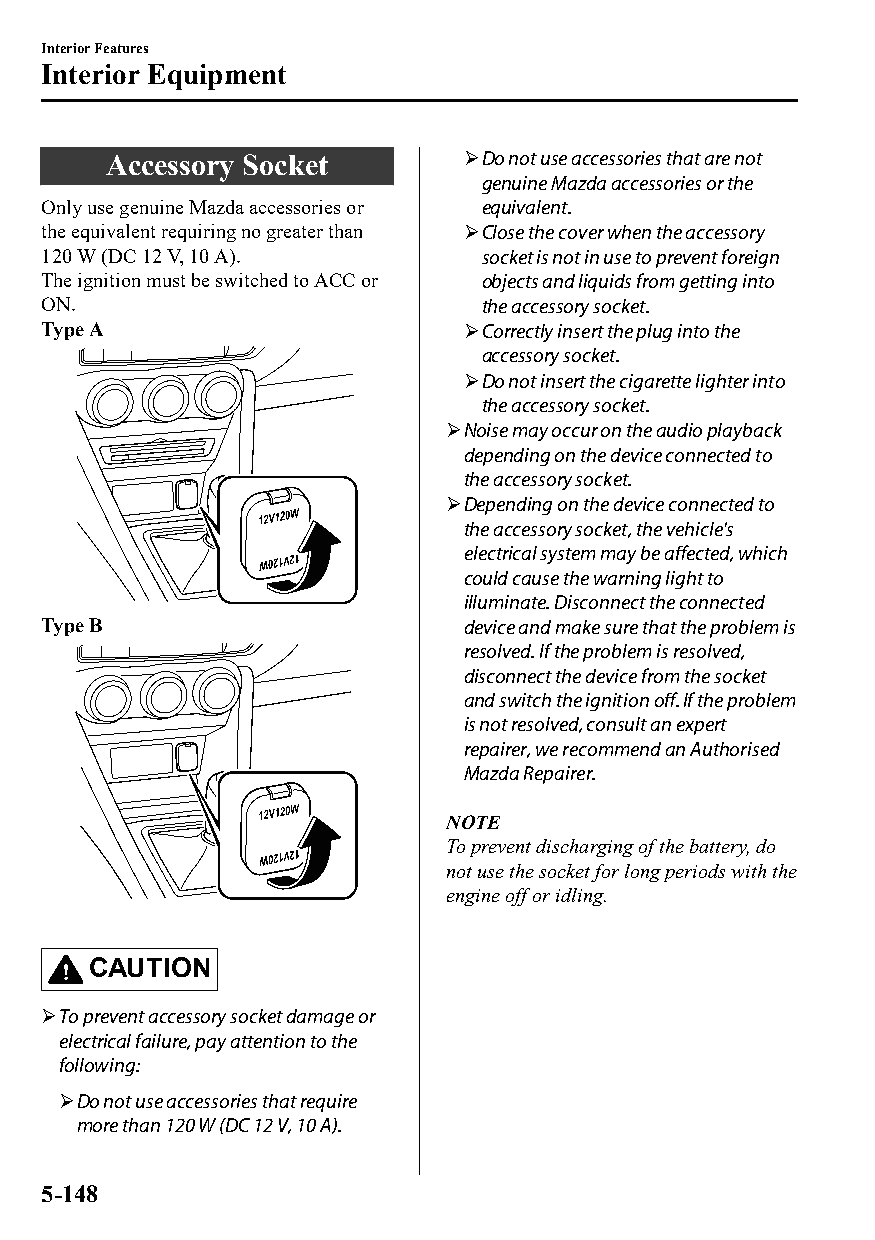
Interior Features
 Interior Equipment
 Accessory Socket       Do not use accessories that are not
 genuine Mazda accessories or the
 Only use genuine Mazda accessories or equivalent.
 the equivalent requiring no greater than Close the cover when the accessory
 120 W (DC 12 V, 10 A).        socket is not in use to prevent foreign
 The ignition must be switched to ACC or objects and liquids from getting into
 ON.                           the accessory socket.
 Type A                      Correctly insert the plug into the
 accessory socket.
 Do not insert the cigarette lighter into
 the accessory socket.
 Noise may occur on the audio playback
 depending on the device connected to
 the accessory socket.
 Depending on the device connected to
 the accessory socket, the vehicle's
 electrical system may be affected, which
 could cause the warning light to
 illuminate. Disconnect the connected
 Type B                      device and make sure that the problem is
 resolved. If the problem is resolved,
 disconnect the device from the socket
 and switch the ignition off. If the problem
 is not resolved, consult an expert
 repairer, we recommend an Authorised
 Mazda Repairer.
 NOTE
 To prevent discharging of the battery, do
 not use the socket for long periods with the
 engine off or idling.
 CAUTION
 To prevent accessory socket damage or
 electrical failure, pay attention to the
 following:
 Do not use accessories that require
 more than 120 W (DC 12 V, 10 A).
 5-148
 CX-3_8GT4-EE-18D_Edition4                  2018-9-6 18:32:19